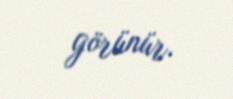
görünür.